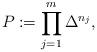
LaTeX: \begin{align*}P:= \prod_{j=1}^m \Delta^{n_j},\end{align*}